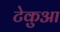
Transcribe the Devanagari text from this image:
टेकुआ